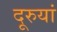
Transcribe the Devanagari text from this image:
दूरुयां